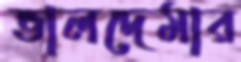
ভালদেমার